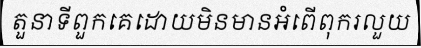
តួនាទីពួកគេដោយមិនមានអំពើពុករលួយ